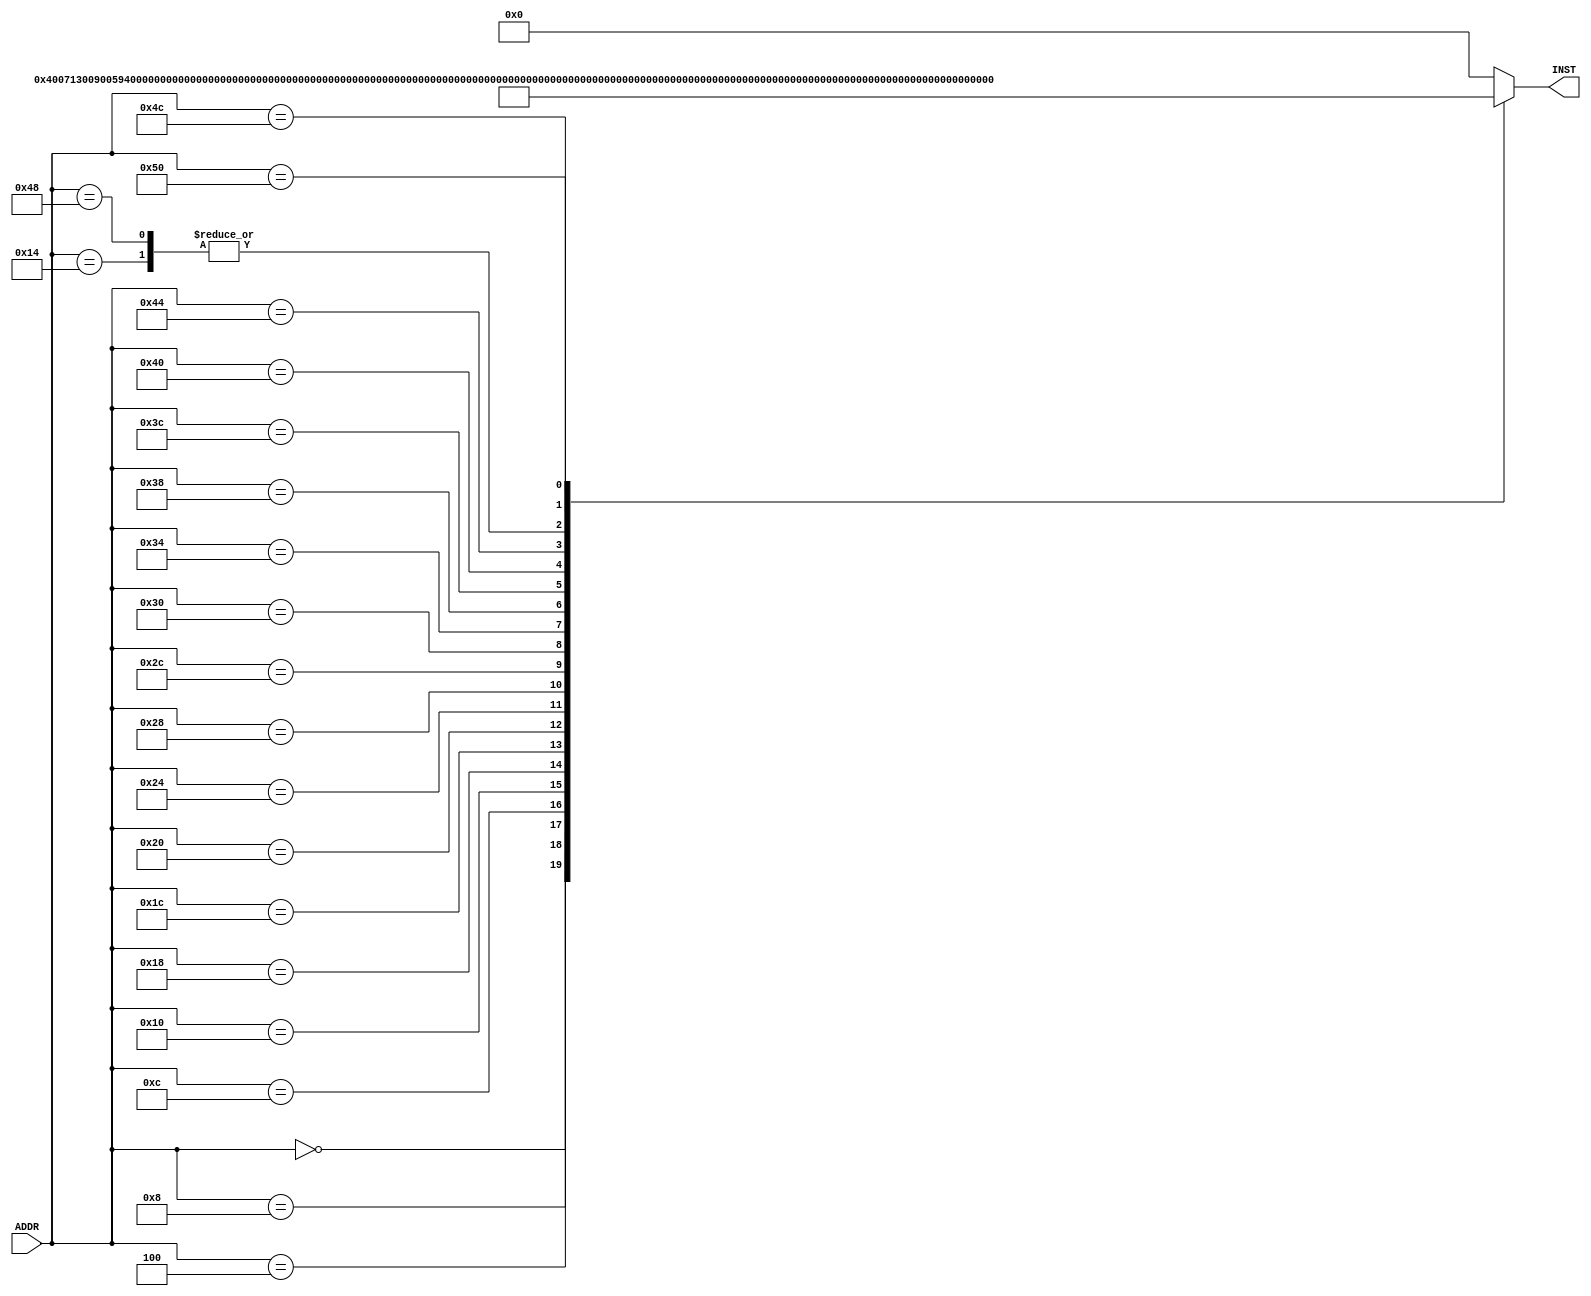
module Vr_inst_mem(ADDR, INST);
  input [31:0] ADDR;
  output reg [31:0] INST;

  integer i;


  always @ (ADDR)
  begin
    case(ADDR)
      // Bubble Sort
      0 : INST = 32'h00400713;//addi a4, zero, 4
      4 : INST = 32'h00900593;//addi a1, zero, 9
      8 : INST = 32'h00259593;//slli a1, a1, 2
      12: INST = 32'h00000533;//add a0, zero, zero
      16: INST = 32'h000002b3;//add t0, zero, zero 
      20: INST = 32'h00000333;// add t1, zero, zero
      24: INST = 32'h000003b3;//add t2, zero, zero 
      // .LOOP
      28: INST = 32'h006483b3;//add  t2, s1, t1  
      32: INST = 32'h00430313;//addi  t1, t1, 4
      36: INST = 32'h00530e33;//add t3, t1, t0  
      40: INST = 32'h04be0063;//beq t3, a1, .TLOOP  
      44: INST = 32'h0003A503;//lw a0, 0(t2)
      48: INST = 32'h000010ec;//  lw a2, 4(t2)
      52: INST = 32'h00a64863;// blt a2, a0, .SWAP  
      56: INST = 32'hfc0004e3;//beq zero, zero, .LOOP 
      // .SWAP 
      60: INST = 32'h00a3a223;//  sw a0, 4(t2)  
      64: INST = 32'h00c3a023;//  sw a2, 0(t2)
      68: INST = 32'hfa0008e3;//  beq zero, zero, .LOOP
      // .TLOOP
      72: INST = 32'h00000333;//add t1, zero, zero  
      76: INST = 32'h00428293;//addi t0, t0, 4  
      80: INST = 32'hf8b2cce3;//blt t0, a1, .LOOP
      default: INST = 32'h00000000;
    endcase
    for (i=0; i<84; i=i+4)
        $display("\n%d, %b %b %b %b %b %b", ADDR, INST[31:25], INST[24:20], INST[19:15], INST[14:12], INST[11:7], INST[6:0]);
  end
endmodule